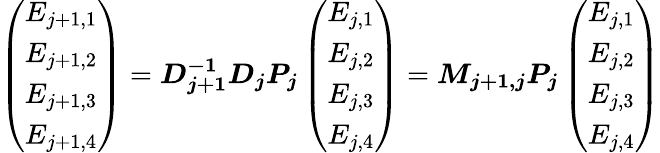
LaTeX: \left(\begin{array}{c}{E_{j+1,1}}\\ {E_{j+1,2}}\\ {E_{j+1,3}}\\ {E_{j+1,4}}\end{array}\right)=\boldsymbol{D_{j+1}^{-1}D_{j}P_{j}}\left(\begin{array}{c}{E_{j,1}}\\ {E_{j,2}}\\ {E_{j,3}}\\ {E_{j,4}}\end{array}\right)=\boldsymbol{M_{j+1,j}P_{j}}\left(\begin{array}{c}{E_{j,1}}\\ {E_{j,2}}\\ {E_{j,3}}\\ {E_{j,4}}\end{array}\right)